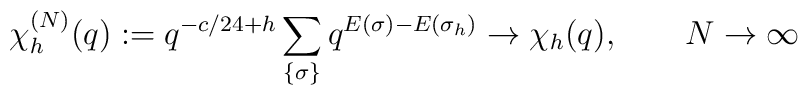
\chi^{(N)}_h(q):=q^{-c/24+h}\sum_{\{\sigma\}} q^{E(\sigma)-E(\sigma_h)}\to \chi_h(q),\qquad N\to\infty